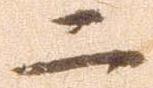
二